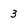
Character: 3